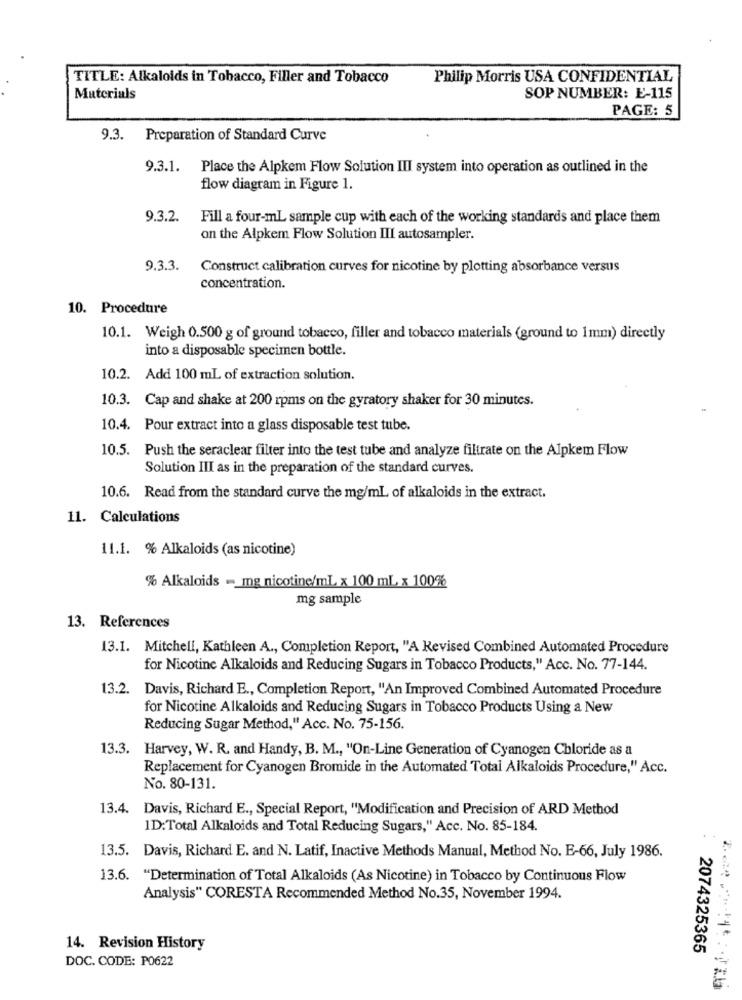
TITLE: Alkaloids in Tobacco, Filler and Tobacco
Philip Morris USA CONFIDENTIAL
Materials
SOP NUMBER: E-115
PAGE: 5
9.3. Preparation of Standard Curve
9.3.1. Place the Alpkem Flow Solution III system into operation as outlined in the
flow diagram in Figure 1.
9.3.2.
Fill a four-mL sample cup with each of the working standards and place them
on the Alpkem Flow Solution III autosampler.
9.3.3.
Construct calibration curves for nicotine by plotting absorbance versus
concentration.
10. Procedure
10.1. Weigh 0.500 g of ground tobacco, filler and tobacco materials (ground to 1mm) directly
into a disposable specimen bottle.
10.2. Add 100 mL of extraction solution.
10.3. Cap and shake at 200 rpms on the gyratory shaker for 30 minutes.
10.4. Pour extract into a glass disposable test tube.
10.5. Push the seraclear filter into the test tube and analyze filtrate on the Alpkem Flow
Solution III as in the preparation of the standard curves.
10.6. Read from the standard curve the mg/ml of alkaloids in the extract.
11. Calculations
11.1. % Alkaloids (as nicotine)
% Alkaloids -_ mg nicotine/mL x 100 mL x 100%
mg sample
13. References
13.1. Mitchell, Kathleen A ., Completion Report, "A Revised Combined Automated Procedure
for Nicotine Alkaloids and Reducing Sugars in Tobacco Products," Acc. No. 77-144.
13.2. Davis, Richard E ., Completion Report, "An Improved Combined Automated Procedure
for Nicotine Alkaloids and Reducing Sugars in Tobacco Products Using a New
Reducing Sugar Method," Acc. No. 75-156.
13.3. Harvey, W. R. and Handy, B. M ., "On-Line Generation of Cyanogen Chloride as a
Replacement for Cyanogen Bromide in the Automated Total Alkaloids Procedure," Acc.
No. 80-131.
13.4. Davis, Richard E ., Special Report, "Modification and Precision of ARD Method
ID:Total Alkaloids and Total Reducing Sugars," Acc. No. 85-184.
13.5. Davis, Richard E. and N. Latif, Inactive Methods Manual, Method No. E-66, July 1986.
13.6. "Determination of Total Alkaloids (As Nicotine) in Tobacco by Continuons Flow
Analysis" CORESTA Recommended Method No.35, November 1994.
14. Revision History
2074325365
DOC. CODE: PO622